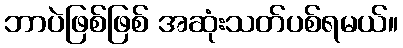
ဘာပဲဖြစ်ဖြစ် အဆုံးသတ်ပစ်ရမယ်။